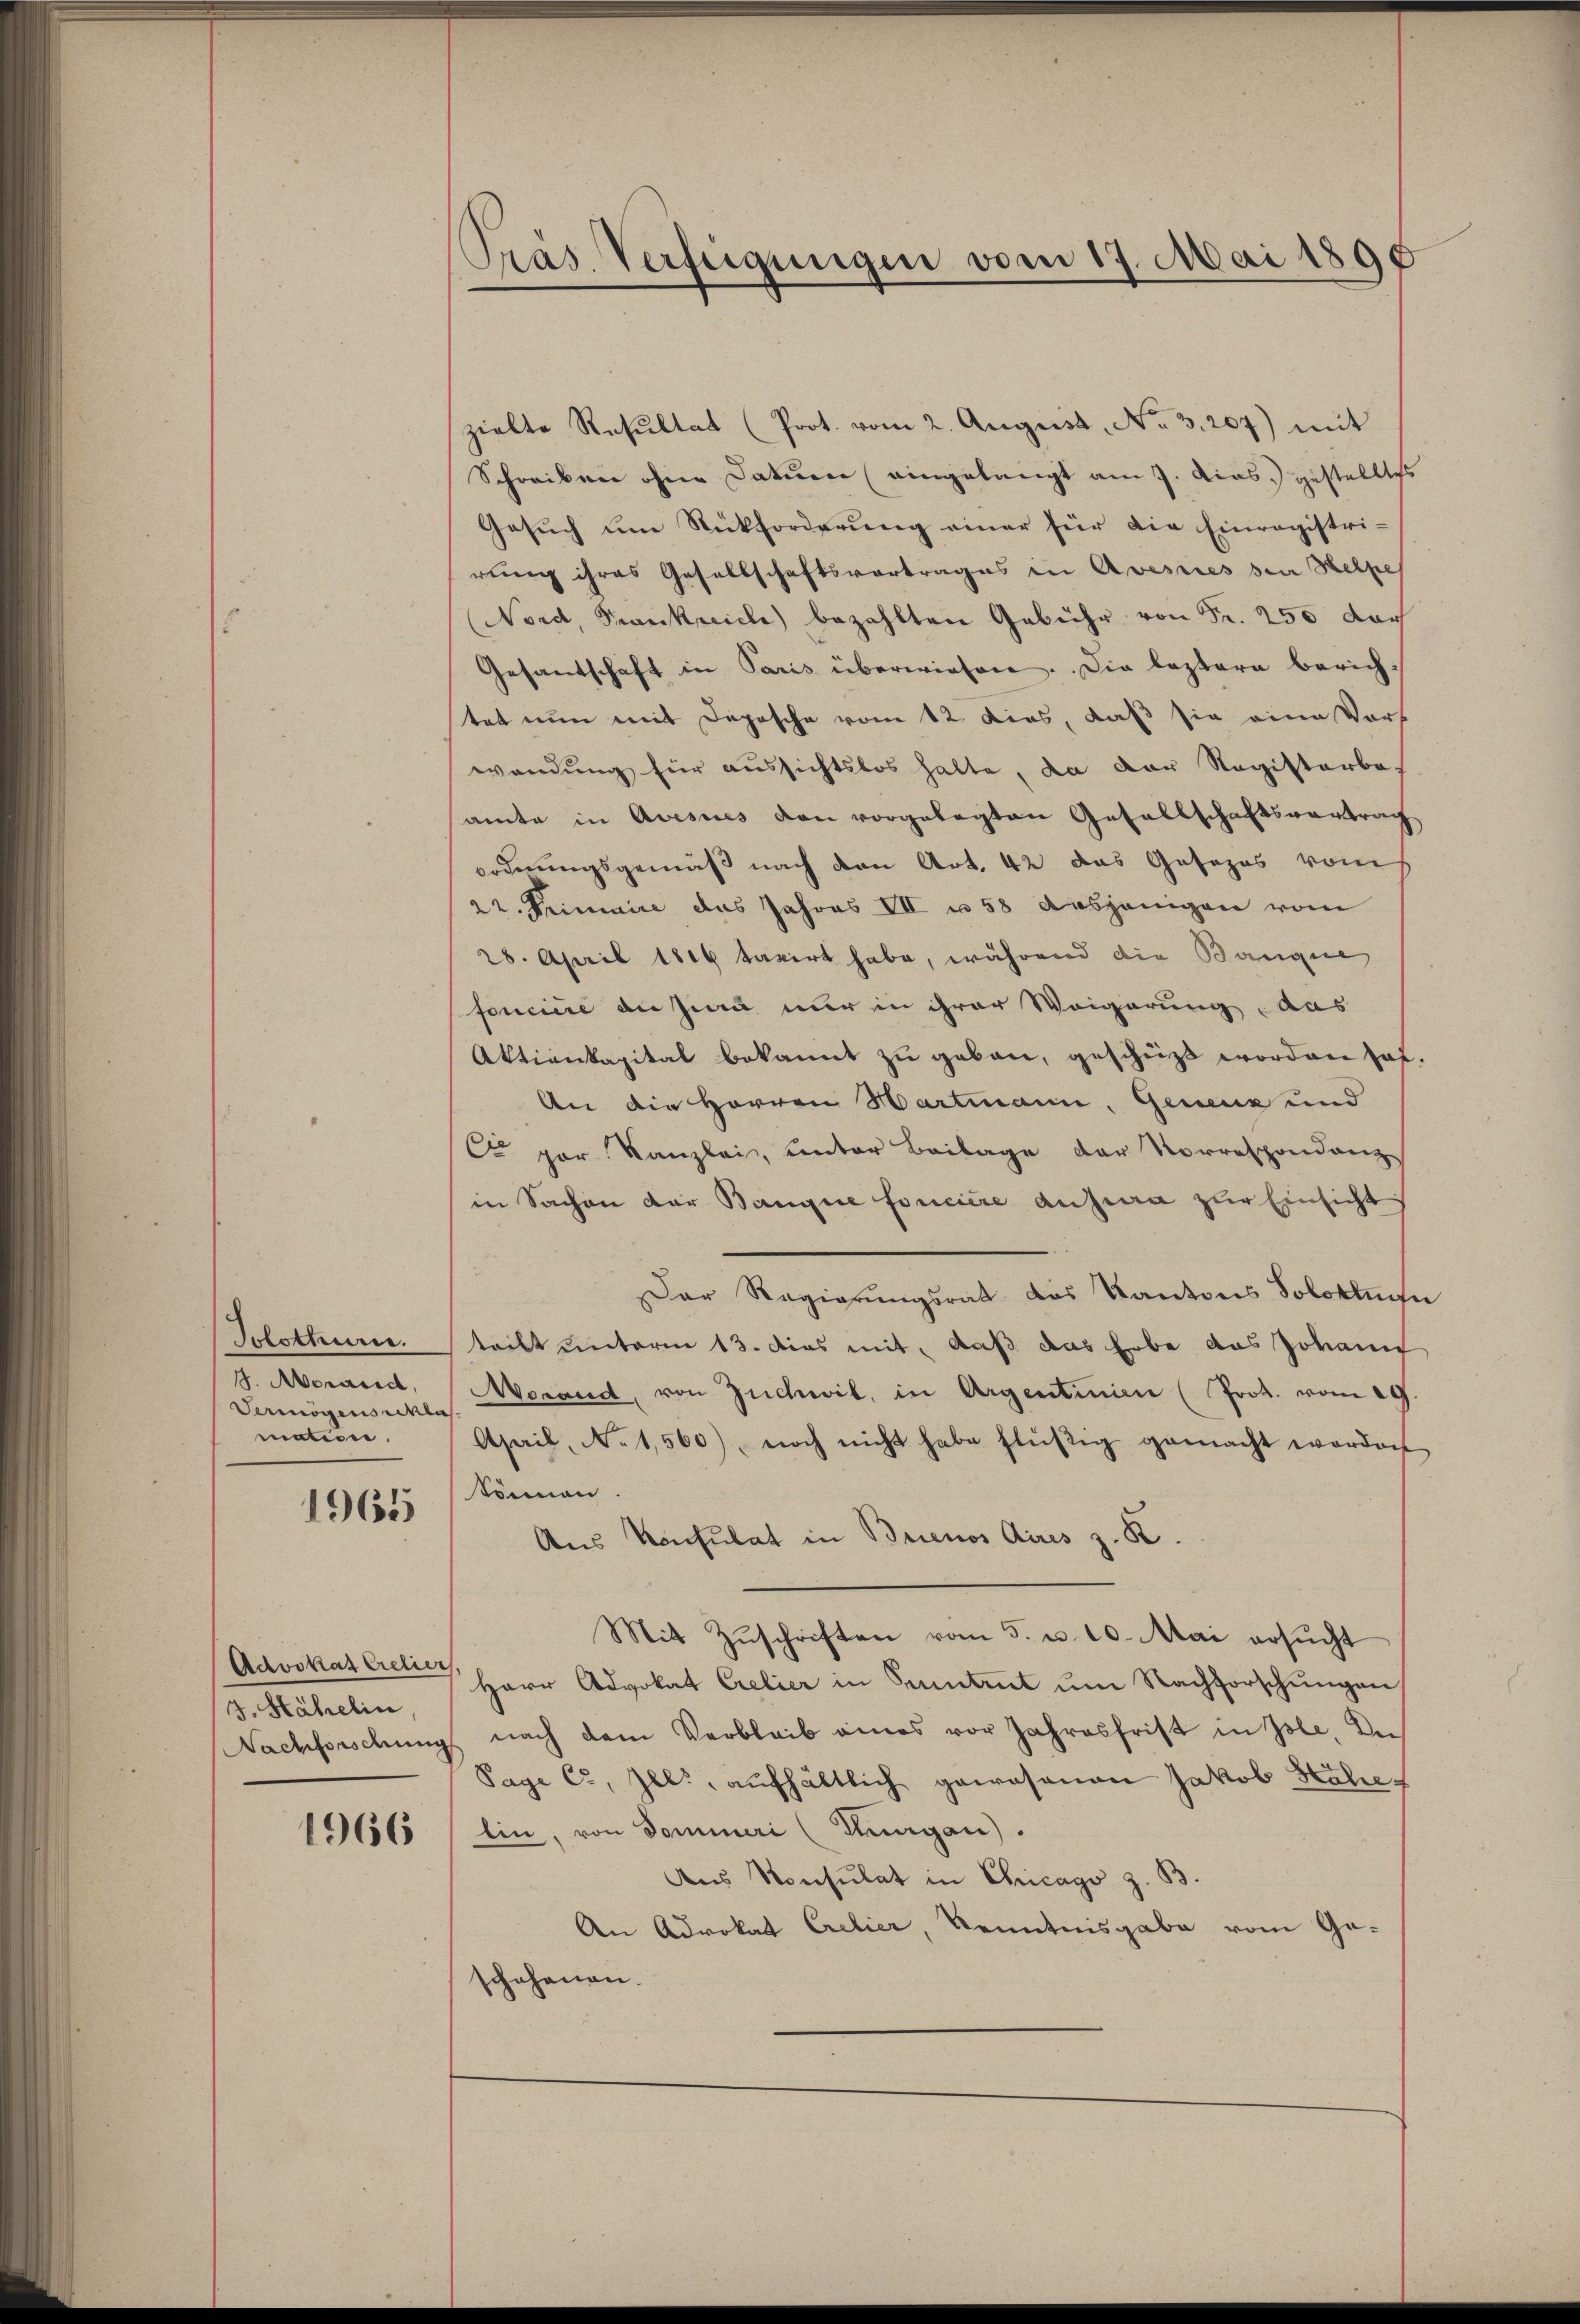
Jolothure.
. Morarid,
Vermögensacklas
mation.

1965

Advokat Crelier.
J. Hähelin,

1966

Präs. Verfügungen vom 17. Mai 1890

zielte Resultat (Prot. vom 2. August, No 3.207) mit
Schreiben ohne Datum (eingelangt am 7. Das gestelltes
Gesuch um Rückforderung einer für die Einregistrirung ihres Gesellschaftsvertrages in Avesties sei Helpe
Nord, Frankreiche bezahlten Gebühr von Fr. 250 darf
Gesandschaft in Paris überwiesen. Die leztere Zürichtet nun mit Depesche vom 12. dies, daß sie eine Vors
wendung für aussichtslos halte, da der Registerbeamte in Avesues den vorgelegten Gesellschaftsvertrag
ordnungsgemäß nach den Art. 42 das Gesezes vom
22. Primaire das Jahres III u 58 dasjenigen vom
28. April 1816 taxirt habe, während die Banque
fonciere an Zinn nur in ihrer Weigerung aus
Aktienkapital bekannt zu geben, geschüßt worden hat.
An die Herren Hartmann, Geneuz und
Cr par Kanzlei, unter Beilage der Vorrespondanz
in Sachen der Banque foncière ausera zur Einsicht
Der Regierungsrat des Kantons Solottechn
teilt unterm 13. dies mit, daß das Erbe das Jovann
Werand, von Züchwil, in Argentinien (Prot. vom 29.
Apail, No 1,560), noch nicht habe flüßig gemacht worden
können.
Aus Konsulat in Buenos Aires z. R.
Mit Zuschriften vom 5. u. 10. Mai ersucht
Herr Advokat Crelier in Suntrut um Nachforschungen,
Nachforschung nach dem Verbleib eines vor Jahresfrist in Isle, In
Sage C., Zel., aufhältlich gewesenen Jakob Höhe-
lin, von Sommeri (Thurgau).
Aus Konsulat in Chicago z. B.
An Advokat Crelier, Kenntnisgabe vom Geschehenen.